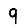
Digit: 9